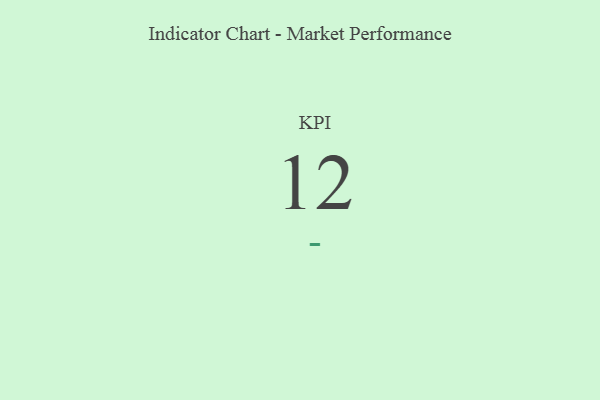
{"axis": {"x": "KPI", "y": "Value"}, "legend": [""], "data": [{"x": "KPI", "y": 12, "type": ""}]}